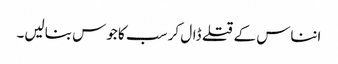
انناس کے قتلے ڈال کر سب کا جوس بنالیں۔